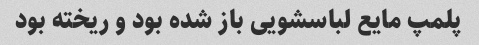
پلمپ مایع لباسشویی باز شده بود و ریخته بود